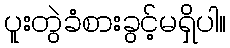
ပူးတွဲခံစားခွင့်မရှိပါ။